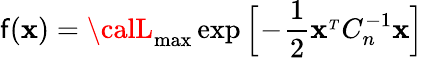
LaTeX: \mathsf{f}({\mathbf{x}})={\calL}_{\mathrm{{max}}}\exp\Big[\! -\! {\frac{{1}}{{2}}}{\mathbf{x}}^{_T}C_{n}^{-1}{\mathbf{x}}\Big]